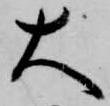
大